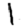
Digit: 1